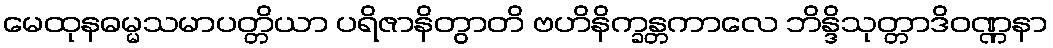
မေထုနဓမ္မသမာပတ္တိယာ ပရိဇာနိတွာတိ ဗဟိနိက္ခန္တကာလေ ဘိန္ဒိသုတ္တာဒိဝဏ္ဏနာ